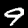
Digit: 9